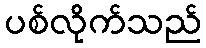
ပစ်လိုက်သည်